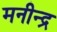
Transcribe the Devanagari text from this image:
मनीन्द्र